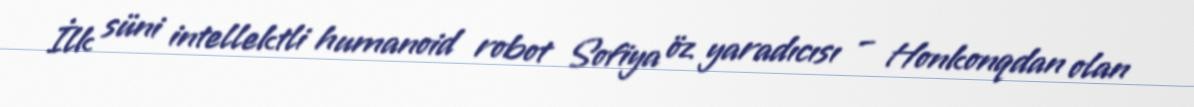
İlk süni intellektli humanoid robot Sofiya öz yaradıcısı – Honkonqdan olan